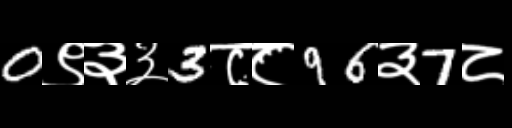
Text: 0९३३3८८96३7८